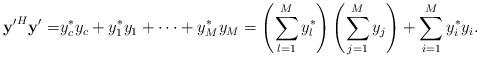
LaTeX: \begin{align*} \mathbf{y'}^H\mathbf{y}'=&y_c^* y_c+y_1^*y_1+\cdots+y_M^*y_M=\left(\sum_{l=1}^M y_l^*\right)\left(\sum_{j=1}^M y_j\right)+\sum_{i=1}^M y_i^*y_i.\end{align*}